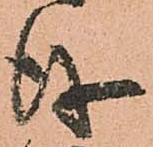
儀